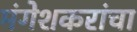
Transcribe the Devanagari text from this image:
मंगेशकरांचा